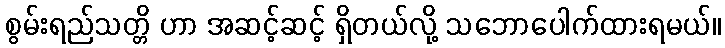
စွမ်းရည်သတ္တိ ဟာ အဆင့်ဆင့် ရှိတယ်လို့ သဘောပေါက်ထားရမယ်။